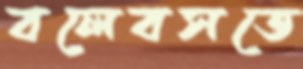
বলেবসতে